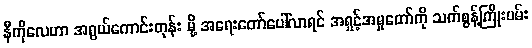
နီကိုလေဟာ အရွယ်ကောင်းတုန်း မို့ အရေးတော်ပေါ်လာရင် အရှင့်အမှုတော်ကို သက်စွန့်ကြိုးပမ်း